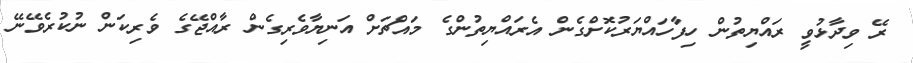
ރޭ ވިދާޅުވީ ރައްޔިތުން ހިފާހައްޔަރުކޮށްގެން އެރައްޔިތުންގެ މައްޗަށް އަނިޔާވެރިގެން ރާއްޖޭގެ ވެރިކަން ނުކުރެވޭނޭ